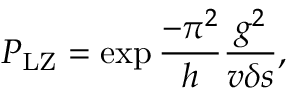
P _ { \mathrm { L Z } } = \exp { { \frac { - \pi ^ { 2 } } { h } \frac { g ^ { 2 } } { v \delta s } } } ,